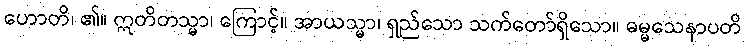
ဟောတိ၊ ၏။ ဣတိတသ္မာ၊ ကြောင့်။ အာယသ္မာ၊ ရှည်သော သက်တော်ရှိသော။ ဓမ္မသေနာပတိ